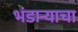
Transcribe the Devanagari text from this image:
भंडाऱ्याचा